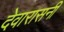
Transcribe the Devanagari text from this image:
देवारासनी